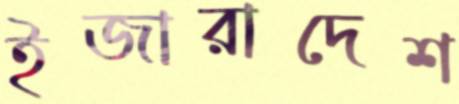
ইজারাদেশ